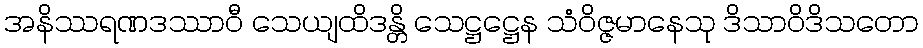
အနိဿရဏဒဿာဝီ သေယျထိဒန္တိ သေဋ္ဌဋ္ဌေန သံဝိဇ္ဇမာနေသု ဒိသာဝိဒိသတော